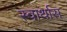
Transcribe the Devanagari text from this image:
स्वार्थास